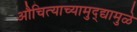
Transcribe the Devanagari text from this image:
औचित्याच्यामुद्द्यामुळे